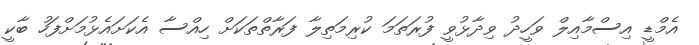
އެމްޑީ އިސްމާއިލް ވަހީދު ވިދާޅުވީ ފުރަތަމަ ކުރިމަތިލާ ފަރާތްތަކަށް ހިއްސާ އެކަށައެޅުމަށްފަހު ބާކީ